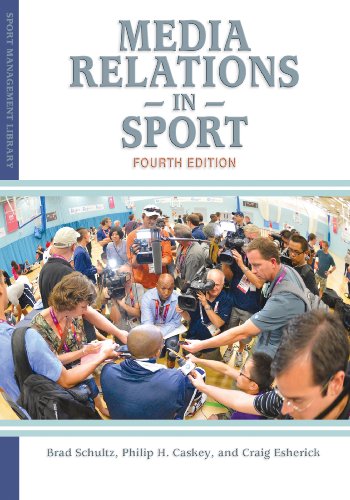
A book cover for Media Relations in Sport; Brad Schultz; Sports & Outdoors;